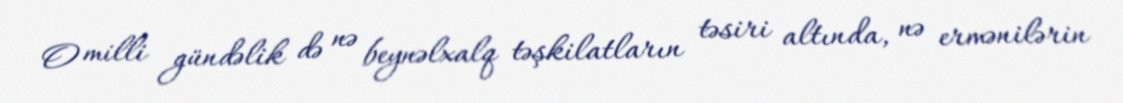
O milli gündəlik də nə beynəlxalq təşkilatların təsiri altında, nə ermənilərin